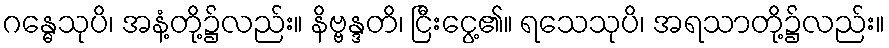
ဂန္ဓေသုပိ၊ အနံ့တို့၌လည်း။ နိဗ္ဗန္ဒတိ၊ ငြီးငွေ့၏။ ရသေသုပိ၊ အရသာတို့၌လည်း။